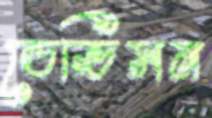
ডেভিসন